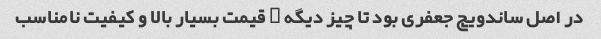
در اصل ساندویچ جعفری بود تا چیز دیگه … قیمت بسیار بالا و کیفیت نامناسب